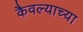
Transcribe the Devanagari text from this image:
कैवल्याच्या